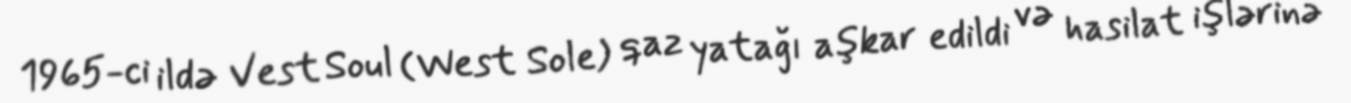
1965-ci ildə Vest Soul (West Sole) qaz yatağı aşkar edildi və hasilat işlərinə